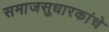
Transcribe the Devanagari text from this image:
समाजसुधारकांचे